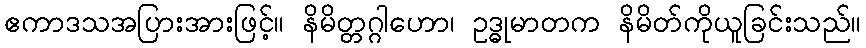
ဧကာဒသအပြားအားဖြင့်။ နိမိတ္တဂ္ဂါဟော၊ ဥဒ္ဓုမာတက နိမိတ်ကိုယူခြင်းသည်။